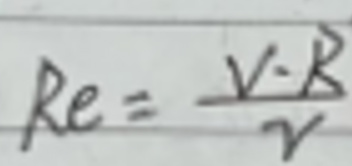
\[
Re=\frac{V\cdot R}{v}
\]